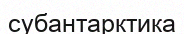
субантарктика